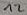
Text: 12